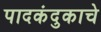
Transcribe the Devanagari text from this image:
पादकंदुकाचे